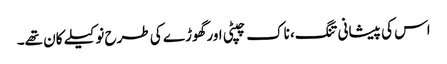
اس کی پیشانی تنگ، ناک چپٹی اور گھوڑے کی طرح نوکیلے کان تھے۔